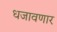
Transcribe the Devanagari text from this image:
धजावणार